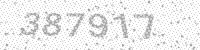
Solution: 387917